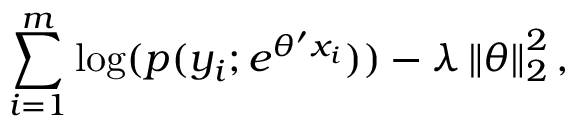
\sum _ { i = 1 } ^ { m } \log ( p ( y _ { i } ; e ^ { \theta ^ { \prime } x _ { i } } ) ) - \lambda \left\| \theta \right\| _ { 2 } ^ { 2 } ,